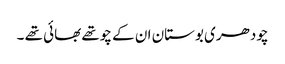
چودھری بوستان ان کے چوتھے بھائی تھے ۔